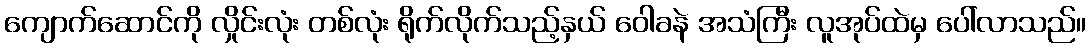
ကျောက်ဆောင်ကို လှိုင်းလုံး တစ်လုံး ရိုက်လိုက်သည့်နှယ် ဝေါခနဲ အသံကြီး လူအုပ်ထဲမှ ပေါ်လာသည်။